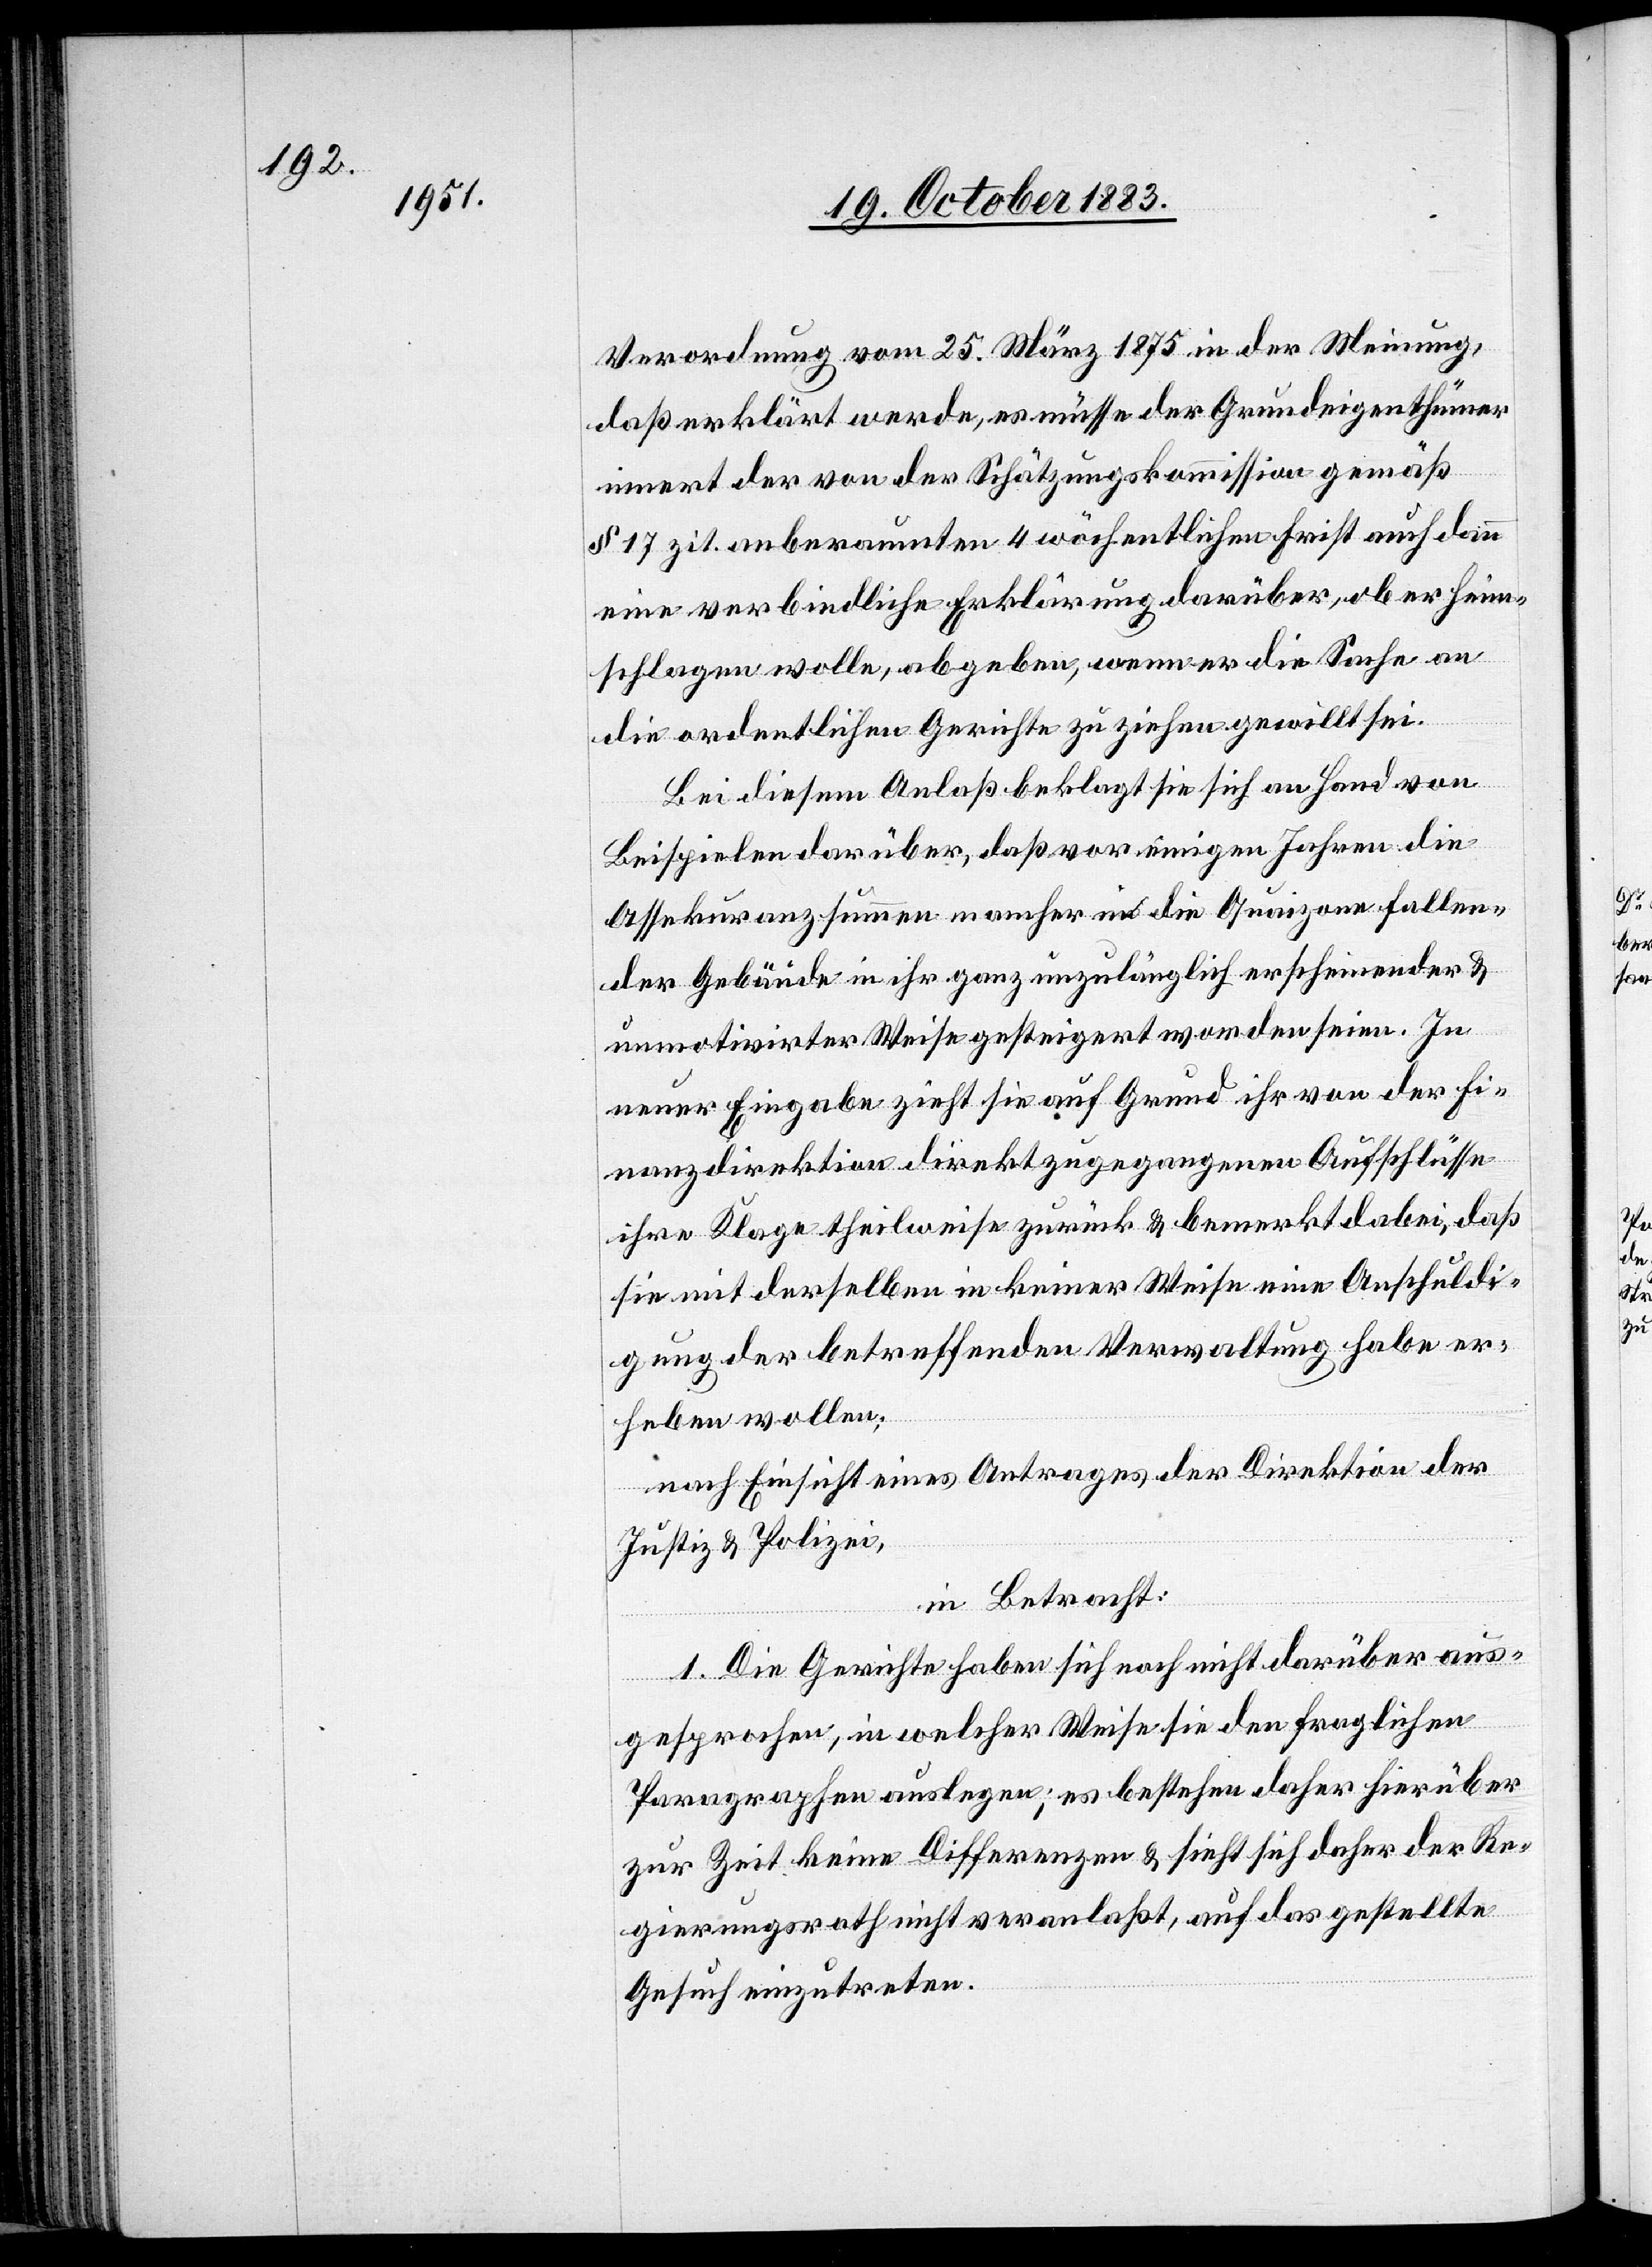
Verordnung vom 25. März 1875 in der Meinung,
daß erklärt werde, es müsse der Grundeigenthümer
innert der von der Schätzungskommission gemäß
§ 17 zit. anberaumten 4 wöchentlichen Frist auch dann
eine verbindliche Erklärung darüber, ob er Heim¬
schlagen wolle, abgeben, wenn er die Sache an
die ordentlichen Gerichte zu ziehen gewillt sei.
Bei diesem Anlaß beklagt sie sich an Hand von
Beispielen darüber, daß vor einigen Jahren die
Assekuranzsummen mancher in die Quaizone fallen¬
der Gebäude in ihr ganz unzulänglich erscheinender &
unmotivirter Weise gesteigert worden seien. In
neuer Eingabe zieht sie auf Grund ihr von der Fi¬
nanzdirektion direkt zugegangenen Aufschlüsse
ihre Klage theilweise zurück & bemerkt dabei, daß
sie mit derselben in keiner Weise eine Anschuldi¬
gung der betreffenden Verwaltung habe er¬
heben wollen;
nach Einsicht eines Antrages der Direktion der
Justiz & Polizei,
in Betracht:
1. Die Gerichte haben sich noch nicht darüber aus¬
gesprochen, in welcher Weise sie den fraglichen
Paragraphen auslegen; es bestehen daher hierüber
zur Zeit keine Differenzen & sieht sich daher der Re¬
gierungsrath nicht veranlaßt, auf das gestellte
Gesuch einzutreten.